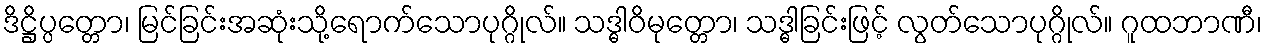
ဒိဋ္ဌိပ္ပတ္တော၊ မြင်ခြင်းအဆုံးသို့ရောက်သောပုဂ္ဂိုလ်။ သဒ္ဓါဝိမုတ္တော၊ သဒ္ဓါခြင်းဖြင့် လွတ်သောပုဂ္ဂိုလ်။ ဂူထဘာဏီ၊